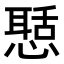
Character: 𢡲